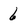
Character: 6